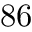
8 6